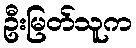
ဦးမြတ်သူက